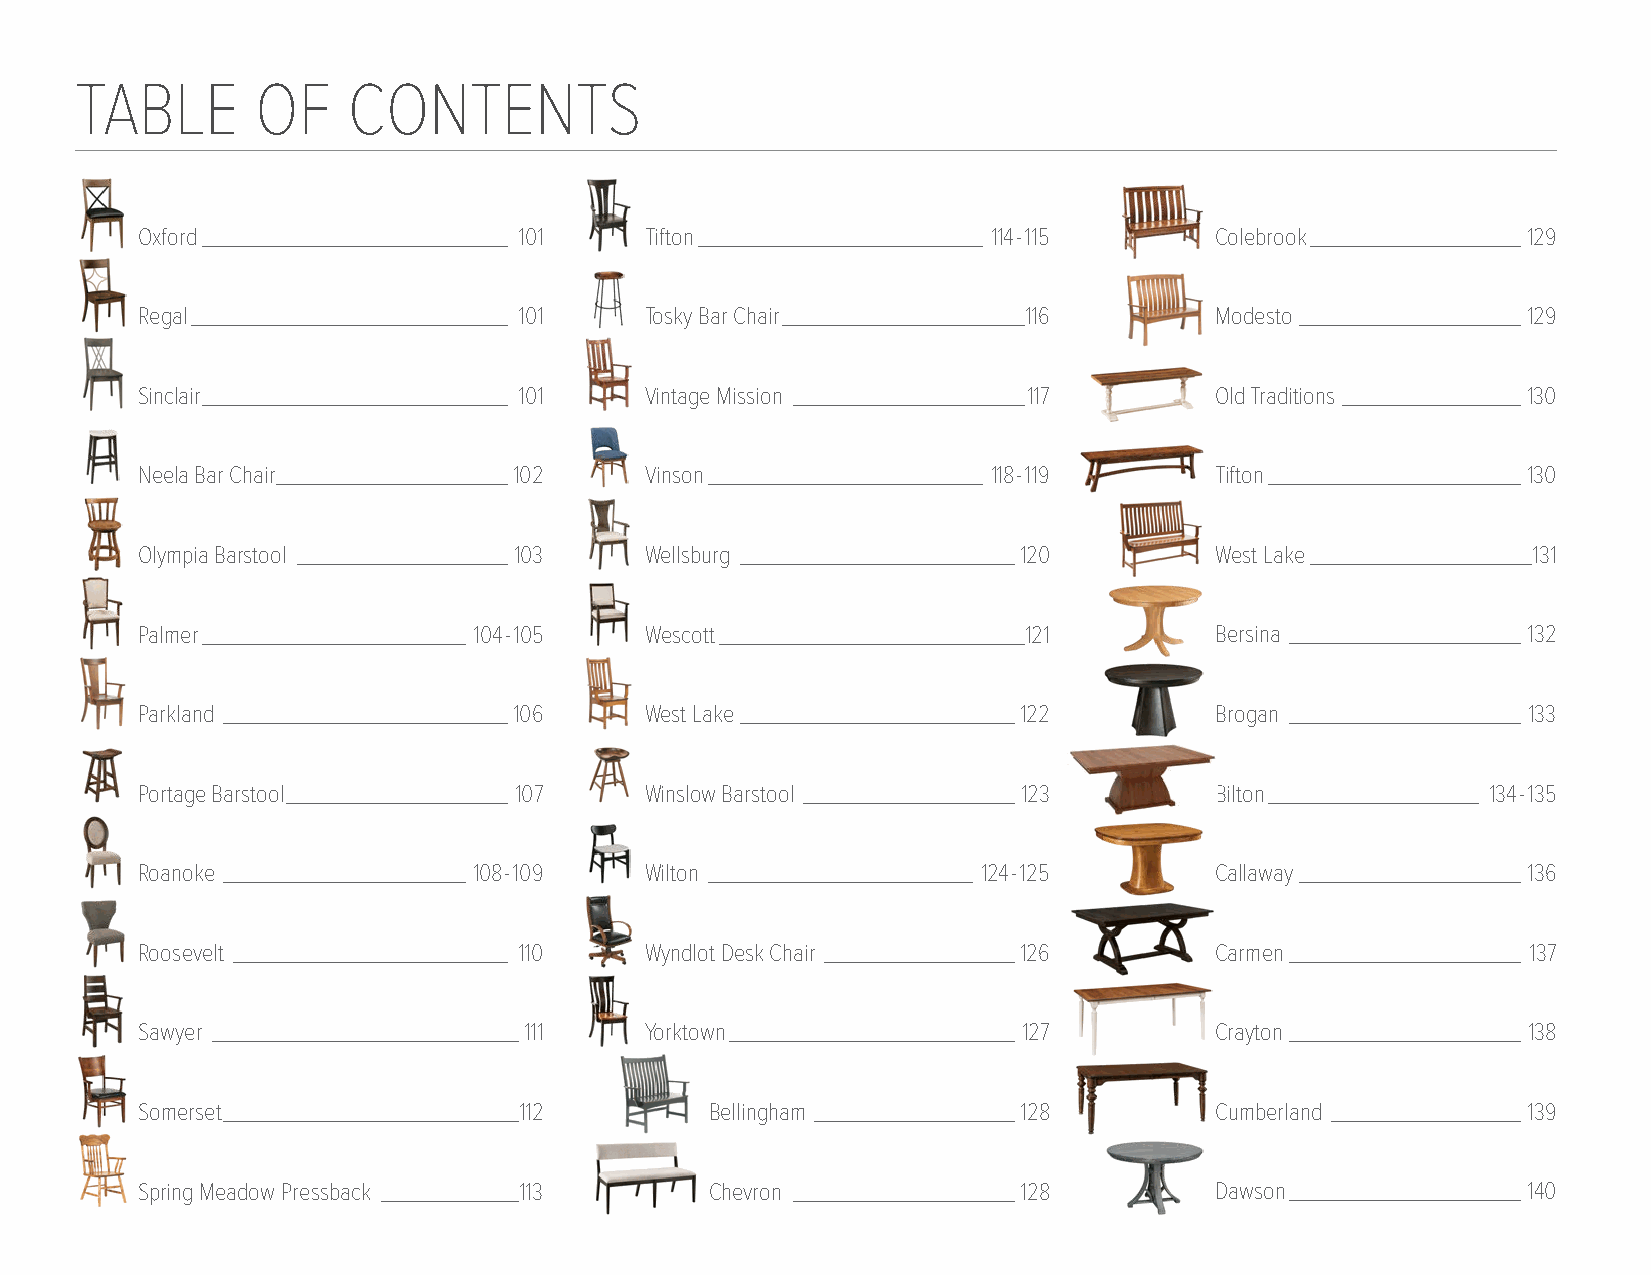
TABLE       OF    CONTENTS
 Oxford _____________________________ 101 Tifton ___________________________ 114-115 Colebrook ____________________129
 Regal ______________________________ 101 Tosky Bar Chair _______________________116 Modesto _____________________129
 Sinclair _____________________________ 101 Vintage Mission ______________________117 Old Traditions _________________130
 Neela Bar Chair______________________102 Vinson __________________________ 118-119 Tifton ________________________130
 Olympia Barstool ____________________103 Wellsburg __________________________120 West Lake _____________________131
 Palmer _________________________ 104-105 Wescott _____________________________121 Bersina ______________________ 132
 Parkland ___________________________106 West Lake __________________________122 Brogan ______________________ 133
 Portage Barstool _____________________ 107 Winslow Barstool ____________________ 123 Bilton ____________________ 134-135
 Roanoke _______________________ 108-109 Wilton _________________________ 124-125 Callaway _____________________ 136
 Roosevelt __________________________ 110 Wyndlot Desk Chair __________________126 Carmen ______________________ 137
 Sawyer _____________________________111 Yorktown ___________________________ 127 Crayton ______________________ 138
 Somerset ____________________________112 Bellingham ___________________128 Cumberland __________________ 139
 Spring Meadow Pressback _____________113 Chevron _____________________128 Dawson ______________________140